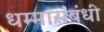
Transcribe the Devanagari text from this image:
धम्मासंबंधी